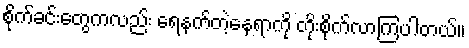
စိုက်ခင်းတွေကလည်း ရေနက်တဲ့နေရာကို တိုးစိုက်လာကြပါတယ်။